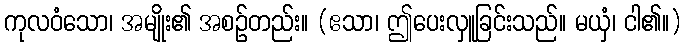
ကုလဝံသော၊ အမျိုး၏ အစဉ်တည်း။ (ဧသာ၊ ဤပေးလှူခြင်းသည်။ မယှံ၊ ငါ၏။)